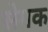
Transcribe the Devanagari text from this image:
सेमक